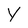
Character: Y